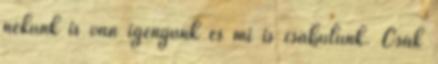
nekünk is van igényünk és mi is csábulunk. Csak